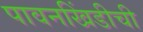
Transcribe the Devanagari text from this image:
पावनखिंडीची